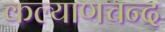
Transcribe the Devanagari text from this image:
कल्याणचन्द